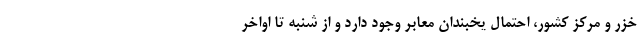
خزر و مرکز کشور، احتمال یخبندان معابر وجود دارد و از شنبه تا اواخر